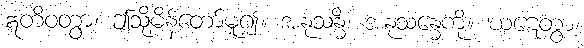
ဣတိဝတွာ၊ ဤသို့မိန့်တော်မူ၍။ အနုသန္ဓိံ၊ အနုသန္ဓေကို။ ဃဋေတွာ၊